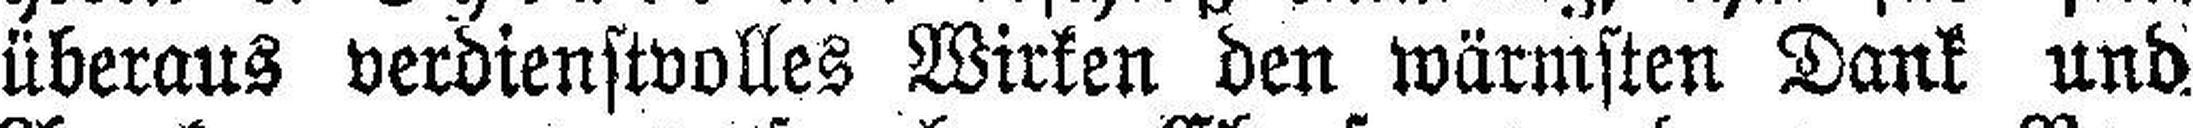
überaus verdienstvolles Wirken den wärmsten Dank und